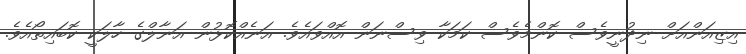
އިޒިއަންއަށް ނިދުނީވެސް ކޮންމެވެސް ކަމަކާ ވިސްނަން އޮއްވައެވެ. އަނެއްކޮޅުން އަނާލްގެ ހާލަކީ ކޮބައިތޯއެވެ.